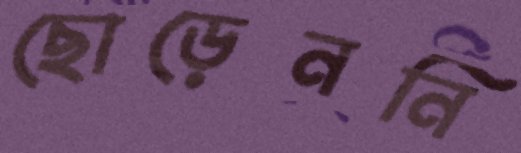
ছোড়েননি